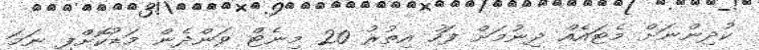
ކުދިންނަށް މެޓައެއް ދިނުމަށް ފަހު އިތުރު 20 މިނެޓް ވަންދެން މަޑުކޮށްފި ނަމަ